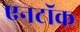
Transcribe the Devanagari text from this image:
एनटॉक